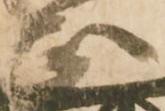
正